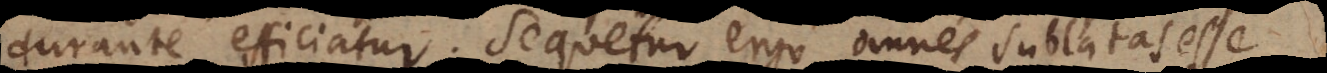
urante efficiatur. Sequetur ergo omnes sublatas esse